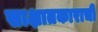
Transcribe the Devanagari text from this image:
साक्षातकाराची